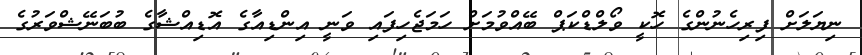
ނިޔަލަށް ފިރިހެނުންގެ ހޮކީ ވޯލްޑްކަޕް ބޭއްވުމަށް ހަމަޖެހިފައި ވަނީ އިންޑިއާގެ އޮޑިއްޝާގެ ބުބަނޭޝްވަރުގެ